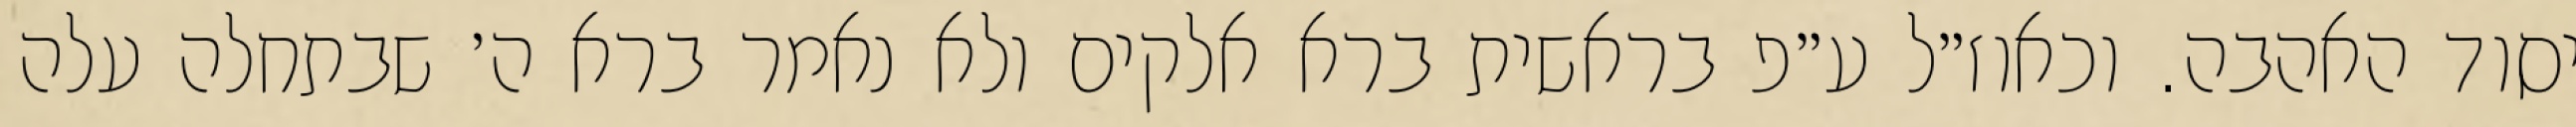
יסוד האהבה. וכאוז״ל ע״פ בראשית ברא אלקים ולא נאמר ברא ה׳ שבתחלה עלה